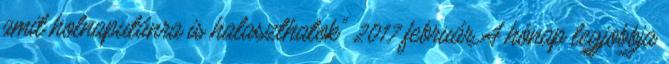
amit holnaputánra is halaszthatok" 2017 február A hónap legjobbja